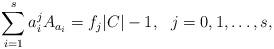
LaTeX: \begin{align*} \sum_{i=1}^s a_i^j A_{a_i}=f_j |C|-1, \ \ j=0,1,\ldots,s, \end{align*}